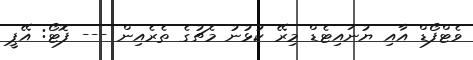
ވެޓްފޯޑް އާއި ޔުނައިޓެޑް މިރޭ ކުޅުނު މެޗުގެ ތެރެއިން --- ފޮޓޯ: އޭޕީ